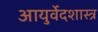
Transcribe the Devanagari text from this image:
आयुर्वेदशास्त्र